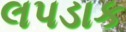
લપડાક